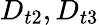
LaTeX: D_{t2},D_{t3}